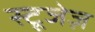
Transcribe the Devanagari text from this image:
स्टूजेज़